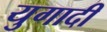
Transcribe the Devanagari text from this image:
युगादी